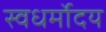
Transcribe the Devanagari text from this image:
स्वधर्मोदय